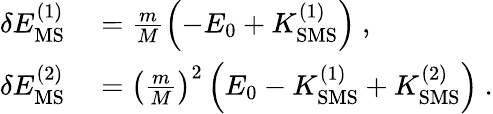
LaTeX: \begin{array}{rl}{\delta E_{\mathrm{MS}}^{(1)}}&{{}=\frac{m}{M}\left(-E_{0}+K_{\mathrm{SMS}}^{(1)}\right)\ ,}\\ {\delta E_{\mathrm{MS}}^{(2)}}&{{}=\left(\frac{m}{M}\right)^{2}\left(E_{0}-K_{\mathrm{SMS}}^{(1)}+K_{\mathrm{SMS}}^{(2)}\right)\ .}\end{array}